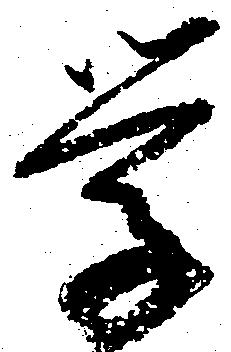
学